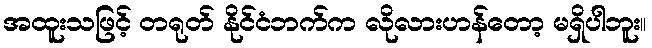
အထူးသဖြင့် တရုတ် နိုင်ငံဘက်က လိုလားဟန်တော့ မရှိပါဘူး။